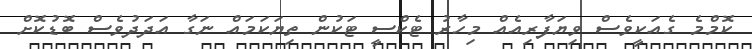
ކޮމްމެ ގެއަކީވެސް ވިޔަފާރިއެއް މިހާރު ޓެކްސީ ޓަކުން ތިޔަކަމައް ނަގާ އަދަދުވެސް ބޮޑުކޮށް